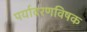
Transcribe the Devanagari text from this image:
पर्यावरणविषक